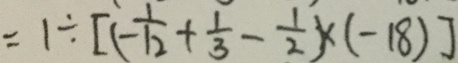
= 1 \div [ ( - \frac { 1 } { 1 2 } + \frac { 1 } { 3 } - \frac { 1 } { 2 } ) \times ( - 1 8 ) ]